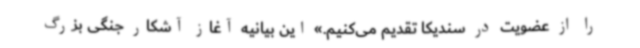
را از عضویت در سندیکا تقدیم می‌کنیم.» این بیانیه آغاز آشکار جنگی بزرگ